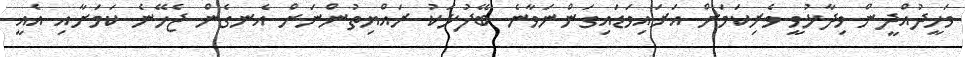
ވަހީދުއްދީން ވިދާޅުވީ ވެރިކަމަށް އަރައިވަޑައިގަންނަވާނެ ބޭފުޅަކު ރައްޔިތުންނަށް އެނގެން ޖެހޭނެ ކަމަށާއި އެއީ